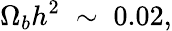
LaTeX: \Omega_{b}h^{2}\; \sim\; 0.02,